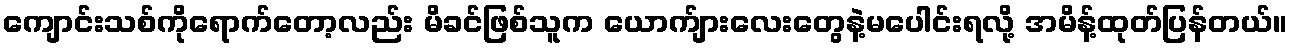
ကျောင်းသစ်ကိုရောက်တော့လည်း မိခင်ဖြစ်သူက ယောက်ျားလေးတွေနဲ့မပေါင်းရလို့ အမိန့်ထုတ်ပြန်တယ်။